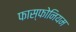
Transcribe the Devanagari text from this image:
फास्फोनियम